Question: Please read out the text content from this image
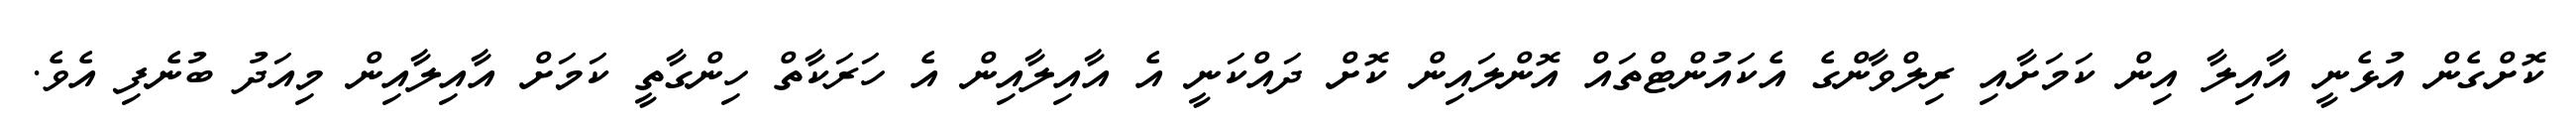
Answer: ކޮށްގެން އުޅެނީ އާއިލާ އިން ކަމަށާއި ރިލްވާންގެ އެކައުންޓްތައް އޮންލައިން ކޮށް ދައްކަނީ އެ އާއިލާއިން އެ ހަރަކާތް ހިންގާތީ ކަމަށް އާއިލާއިން މިއަދު ބުނެފި އެވެ.